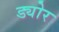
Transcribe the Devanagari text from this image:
ड्योर